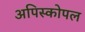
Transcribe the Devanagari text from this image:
अपिस्कोपल